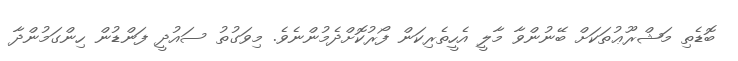
ބޮޑެތި މަޝްރޫޢުތަކަށް ބޭނުންވާ މާލީ އެހީތެރިކަން ފޯރުކޮށްދެމުންނެވެ. މިވަގުތު ސައުދީ ފަންޑުން ހިންގަމުންދާ